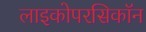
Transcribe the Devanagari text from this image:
लाइकोपरसिकॉन